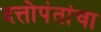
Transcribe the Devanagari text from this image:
दत्तोपंतांचा